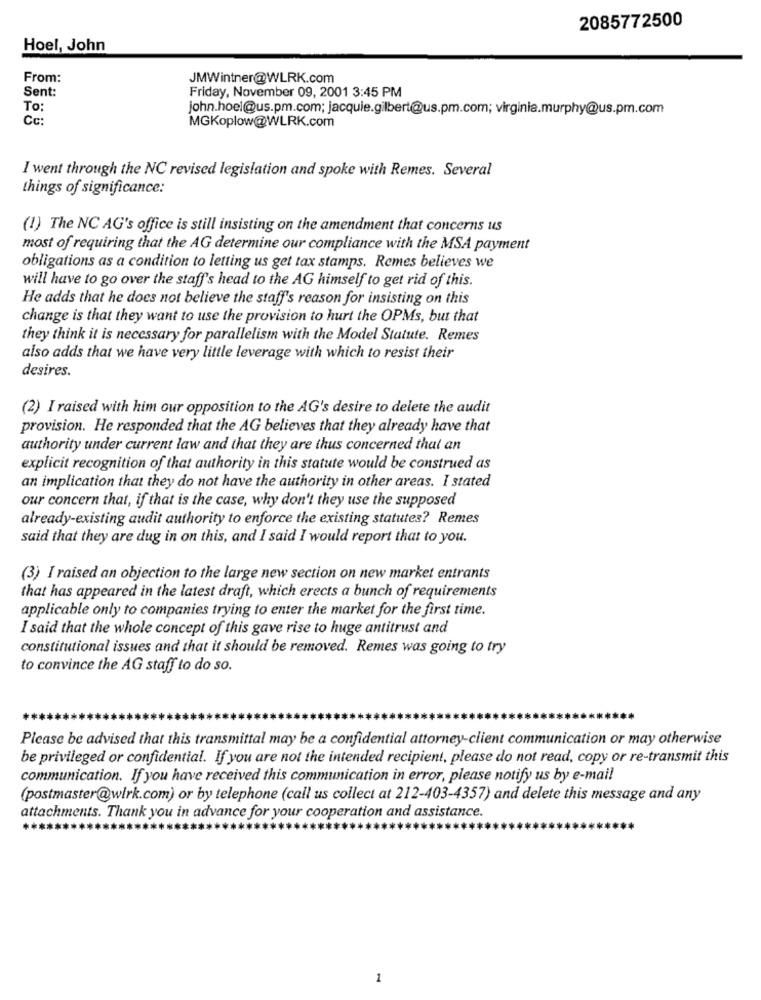
2085772500
Hoel, John
From:
JMWintner@WLRK.com
Sent:
Friday, November 09, 2001 3:45 PM
To:
john.hoel@us.pm.com; jacquie.gilbert@us.pm.com; virginia.murphy@us.pm.com
Cc:
MGKoplow@WLRK.com
I went through the NC revised legislation and spoke with Remes. Several
things of significance:
(1) The NC AG's office is still insisting on the amendment that concerns us
most of requiring that the AG determine our compliance with the MSA payment
obligations as a condition to letting us get tax stamps. Remes believes we
will have to go over the staff's head to the AG himself to get rid of this.
He adds that he does not believe the staff's reason for insisting on this
change is that they want to use the provision to hurt the OPMs, but that
they think it is necessary for parallelism with the Model Statute. Remes
also adds that we have very little leverage with which to resist their
desires.
(2) I raised with him our opposition to the AG's desire to delete the audit
provision. He responded that the AG believes that they already have that
authority under current law and that they are thus concerned that an
explicit recognition of that authority in this statute would be construed as
an implication that they do not have the authority in other areas. I stated
our concern that, if that is the case, why don't they use the supposed
already-existing audit authority to enforce the existing statutes? Remes
said that they are dug in on this, and I said I would report that to you.
(3) I raised an objection to the large new section on new market entrants
that has appeared in the latest draft, which erects a bunch of requirements
applicable only to companies trying to enter the market for the first time.
I said that the whole concept of this gave rise to huge antitrust and
constitutional issues and that it should be removed. Remes was going to try
to convince the AG staff to do so.
Please be advised that this transmittal may be a confidential attorney-client communication or may otherwise
be privileged or confidential. If you are not the intended recipient, please do not read, copy or re-transmit this
communication. If you have received this communication in error, please notify us by e-mail
(postmaster@wirk.com) or by telephone (call us collect at 212-403-4357) and delete this message and any
attachments. Thank you in advance for your cooperation and assistance.
1